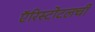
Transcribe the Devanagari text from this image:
ऍरिस्टोटलची